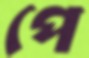
পে